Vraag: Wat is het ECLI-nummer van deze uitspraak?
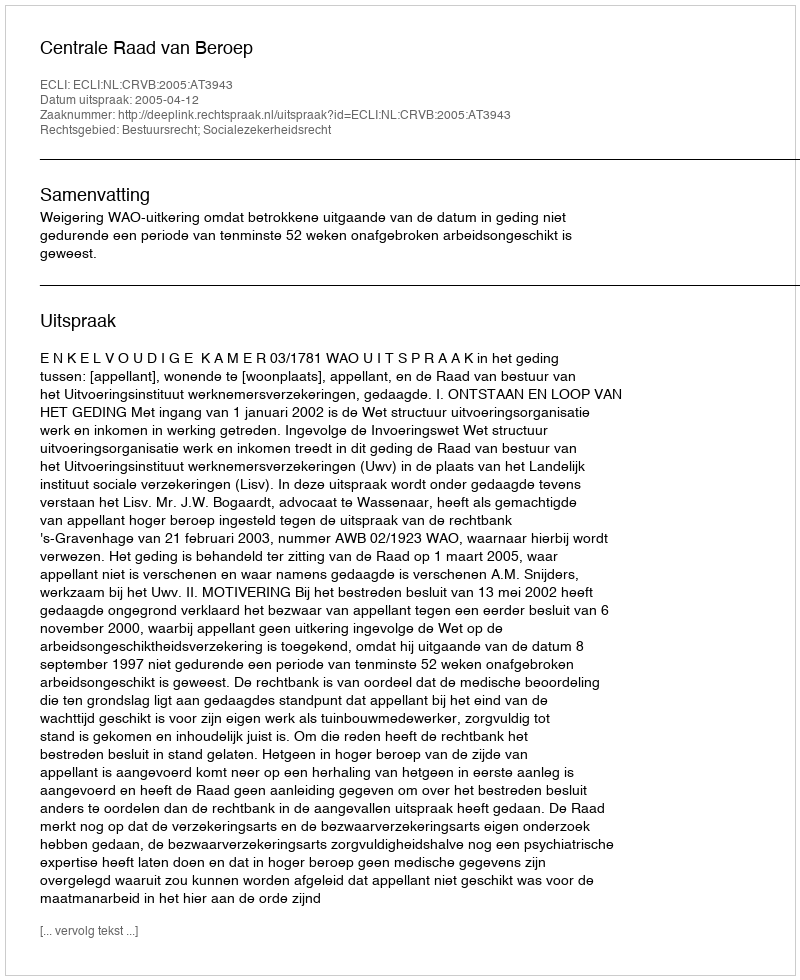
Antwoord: ECLI:NL:CRVB:2005:AT3943